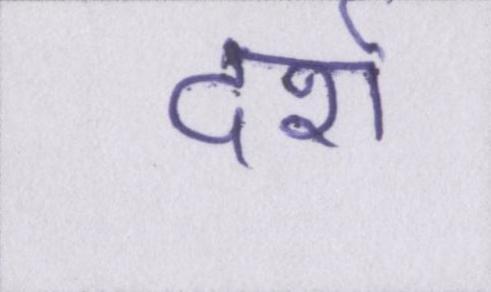
दर्रा